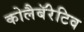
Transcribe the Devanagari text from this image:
कोलैबॅरेटिव